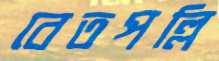
বেতপল্লি